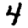
Digit: 4